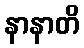
နာနာတိ